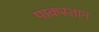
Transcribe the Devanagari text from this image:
पाकस्तान